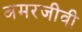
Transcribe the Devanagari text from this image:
अमरजीवी